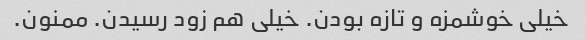
خیلی خوشمزه و تازه بودن. خیلی هم زود رسیدن. ممنون.